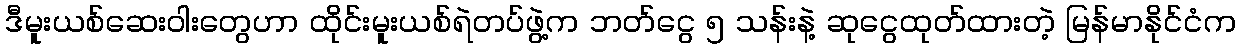
ဒီမူးယစ်ဆေးဝါးတွေဟာ ထိုင်းမူးယစ်ရဲတပ်ဖွဲ့က ဘတ်ငွေ ၅ သန်းနဲ့ ဆုငွေထုတ်ထားတဲ့ မြန်မာနိုင်ငံက